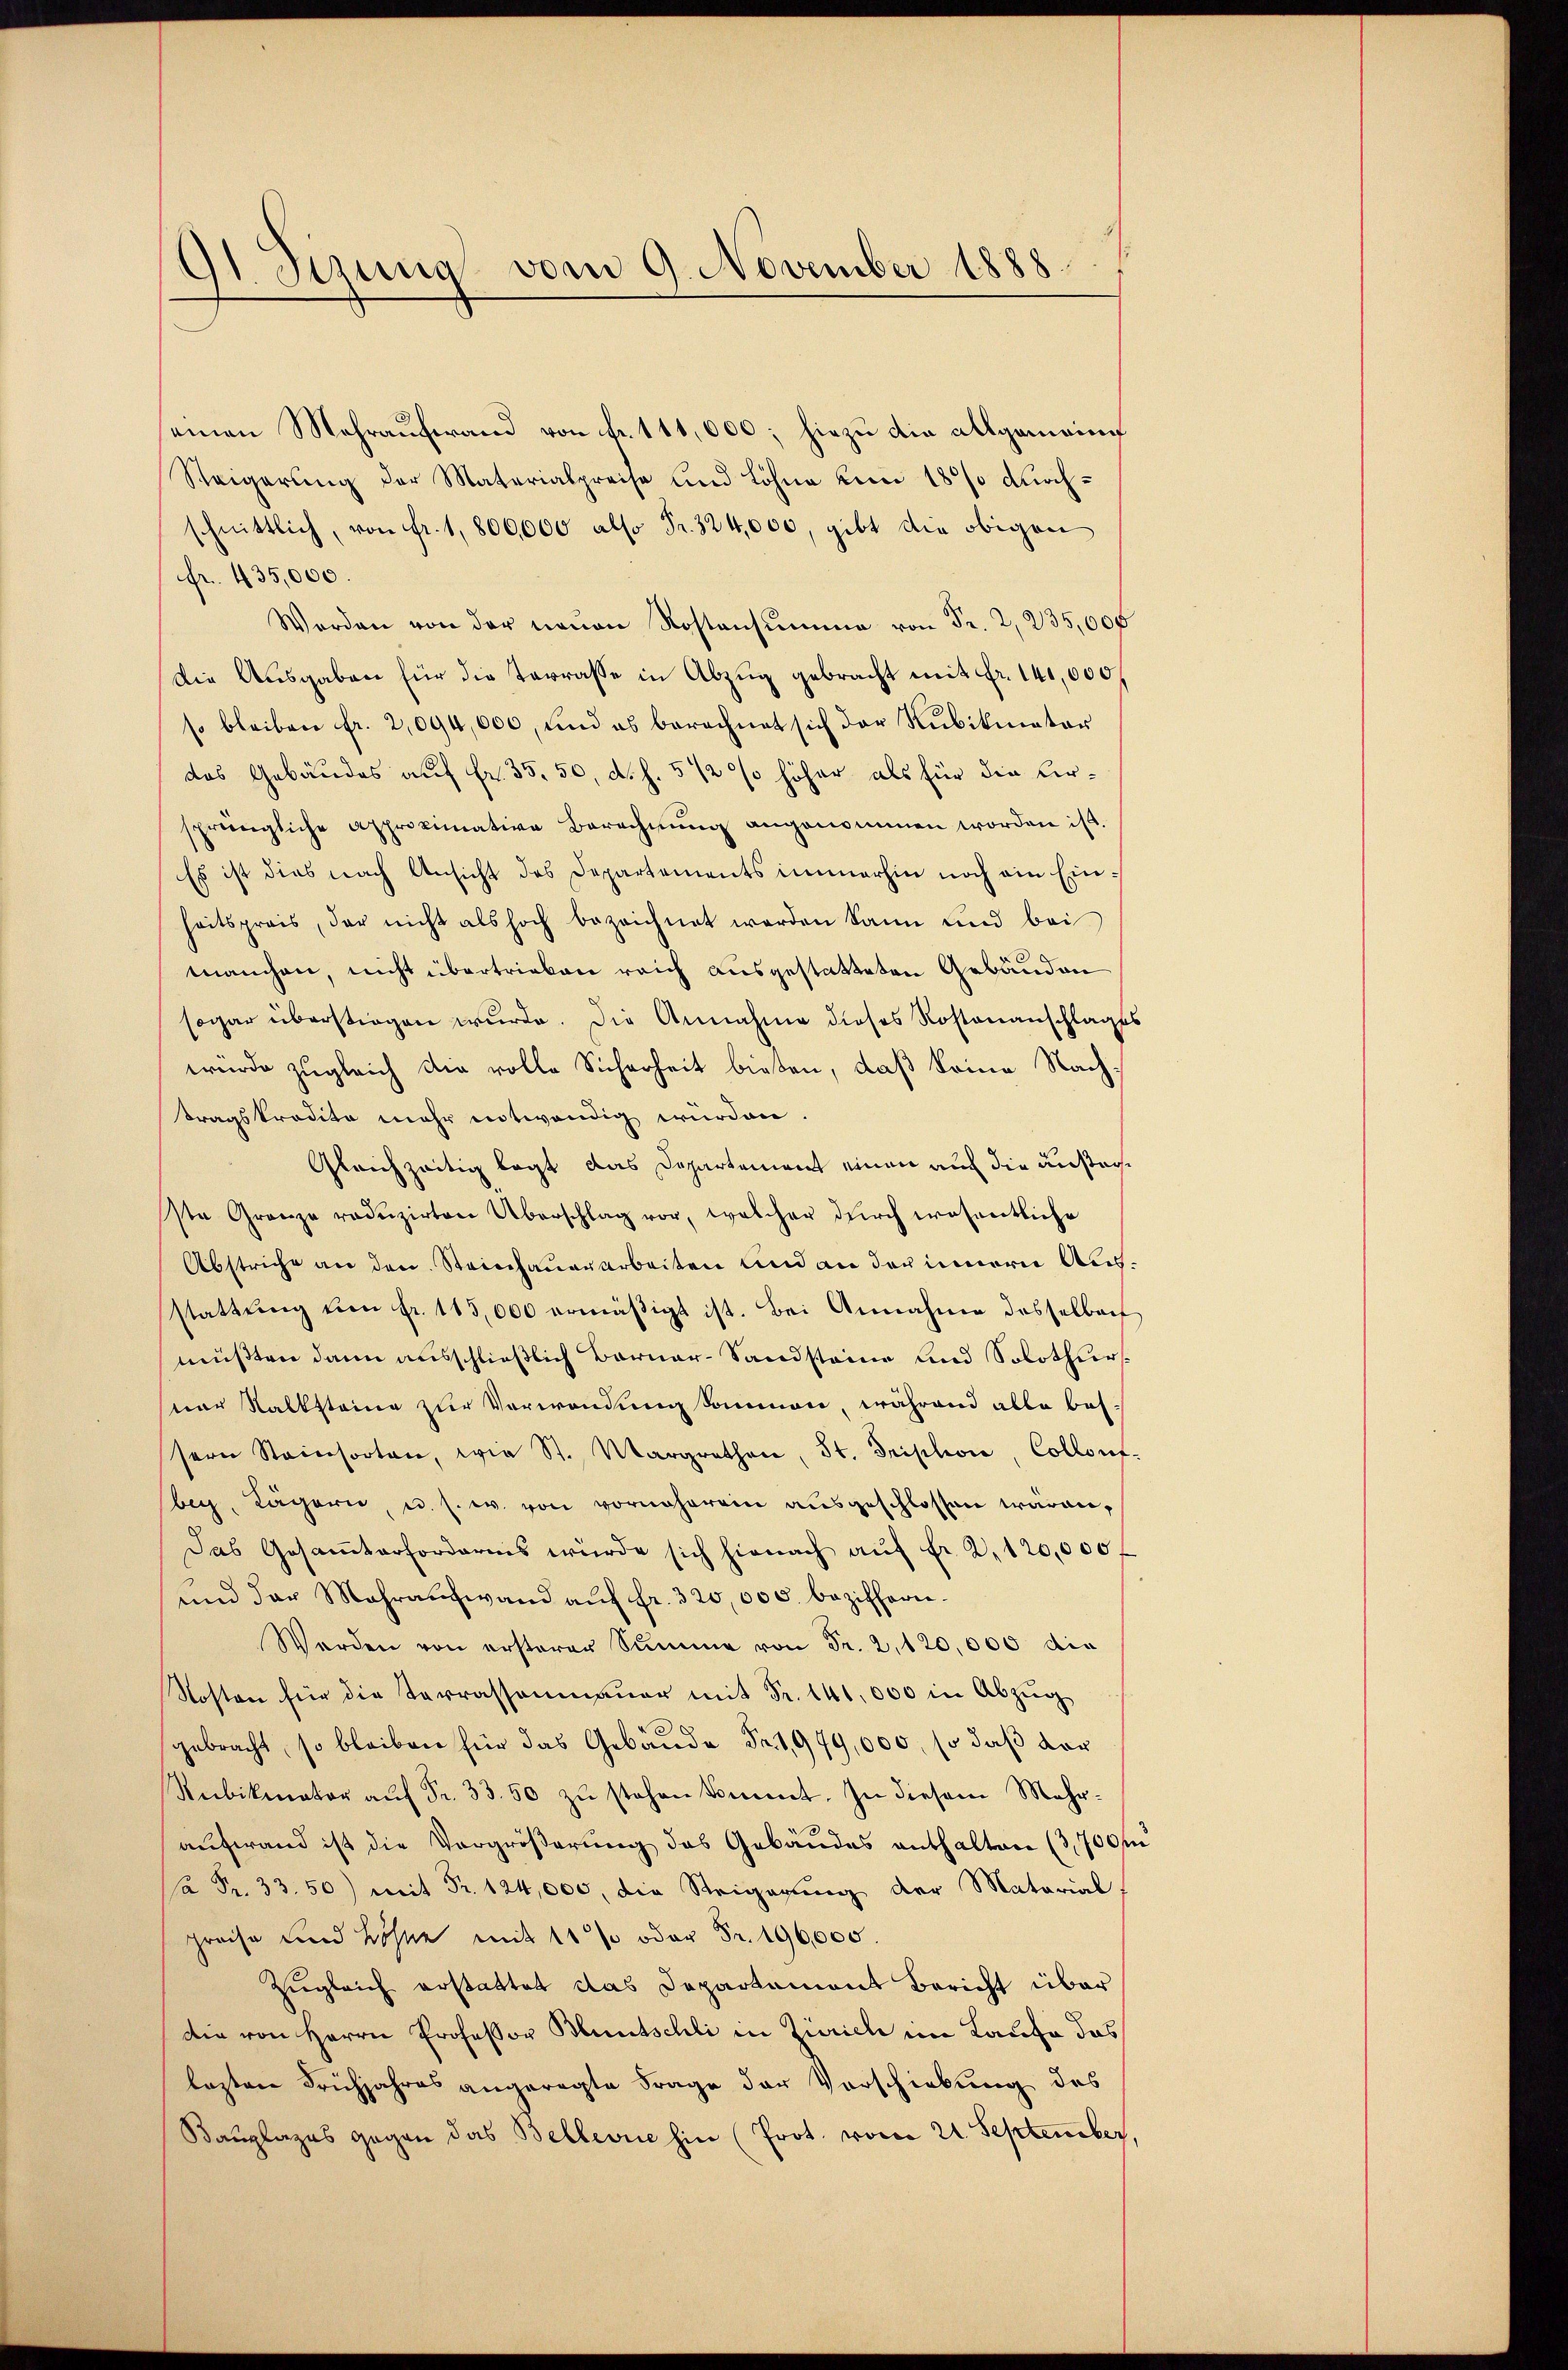
91 Sizung vom 9. November 1888.

einen Mehrauferand von Fr. 111,000; hiezu die allgemeine
Steigerung der Materialpreise und Löhne von 18% durchschnittlich, von fr. 1,800,000 also Fr. 324,000, gibt die obigen
fr. 435,000.
Werden von der neŭen Kostensumme von Fr. 2,235,000
Die Ausgaben für die Terrasse in Abzug gebracht mit Fr. 141,000
so bleiben fr. 2,094,000, und es berechnet sich der Rubikmator
das Gebäudes auf Fr. 35. 50, d. h. 5 1/2 % höher als für die Kirsprüngliche Approximative Berechnung angenommen worden ist.
Es ist dies nach Ansicht des Departements immerhin noch ein Einheitspreis, der nicht als hoch bezeichnet werden kann und bei
manchen, nicht übertrieben reich ausgestatteten Gebäuden
sogar überstiegen wurde. Die Annahme dieses Rostenanschlages
würde zugleich die volle Sicherheit bieten, daß keine Nachtragskredito mehr entwendig wurden
Gleichzeitig legt das Departement einen auch die ansachste Grenze redŭzirten Überschlag vor, welcher durch wesentliche
Abstriche an den Steinhauerarbeiten und an der innern Aus
stattŭng ŭm fr. 115,000 ermäßigt ist. Bei Annahme desselben
müßten dann ausschließlich Barner- Sandsteine und Solothursner Kalksteine zur Verwendung kommen, während alle bessern Steinsorten, wie St. Margrathen, St. Griphon, Collont
bey, Lägern, u. s. w. von vornherein ausgeschlossen wären,
Das Gesamtarfordernis würde sich hienach aŭf Fr. 2. 120,000
d
ŭm der Mehraufwand aŭf fr. 320,000. beziffern.
Werden von ersterer Summe von Fr. 2, 120,000 die
Kosten für die Terrassenmaŭer mit Fr. 141,000 in Abzŭg
gebracht, so bleiben für das Gebäude Fr. 1,979,000, so daß der
Rebikmator aŭf Fr. 33. 50 zŭ stehen kommt. In diesem Mehr-
aufwand ist die Vergröβerŭng des Gebäŭdes enthalten (3,700
Ca Fr. 33. 50) mit Fr. 124,000, die Steigerung der Material
preise und Löhne mit 11 % oder Fr. 196,000.
Zugleich erstattet das Departement Bericht über
die von Herrn Professor Bluntschli in Zürich im Laufe das
lesten Frühjahres angeregte Frage der Vorschiebung des
Bauplazes gegen das Bellevue hin (Prot. vom 21. September.